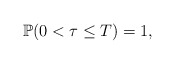
\begin{align*}\mathbb{P}(0 < \tau \leq T) = 1,\end{align*}